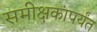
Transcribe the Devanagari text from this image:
समीक्षकांपर्यंत